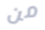
من